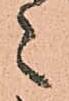
々